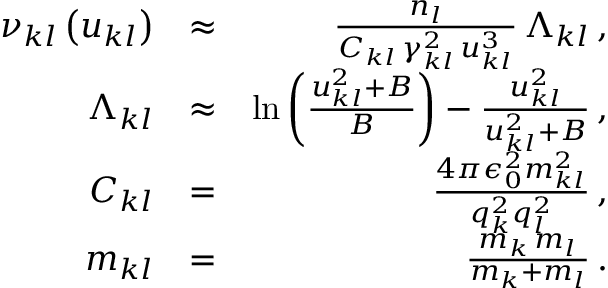
\begin{array} { r l r } { \nu _ { k l } \left( u _ { k l } \right) } & { \approx } & { \frac { n _ { l } } { C _ { k l } \, \gamma _ { k l } ^ { 2 } \, u _ { k l } ^ { 3 } } \, \Lambda _ { k l } \, , } \\ { \Lambda _ { k l } } & { \approx } & { \ln \left( \frac { u _ { k l } ^ { 2 } + B } { B } \right) - \frac { u _ { k l } ^ { 2 } } { u _ { k l } ^ { 2 } + B } \, , } \\ { C _ { k l } } & { = } & { \frac { 4 \pi \epsilon _ { 0 } ^ { 2 } m _ { k l } ^ { 2 } } { q _ { k } ^ { 2 } q _ { l } ^ { 2 } } \, , } \\ { m _ { k l } } & { = } & { \frac { m _ { k } \, m _ { l } } { m _ { k } + m _ { l } } \, . } \end{array}